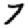
Digit: 7